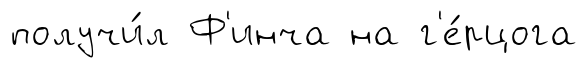
получи́л Ф'инча на г'е́рцога